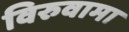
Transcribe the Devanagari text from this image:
विरुवामा